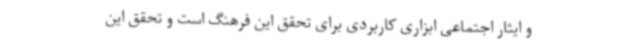
و ایثار اجتماعی ابزاری کاربردی برای تحقق این فرهنگ است و تحقق این